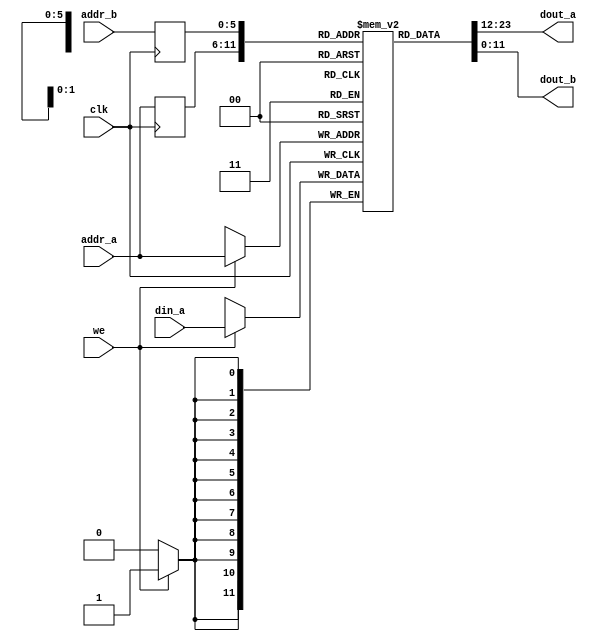
//////////////////////////////////////////////////////////////////////////////////
//END USER LICENCE AGREEMENT                                                    //
//                                                                              //
//Copyright (c) 2012, ARM All rights reserved.                                  //
//                                                                              //
//THIS END USER LICENCE AGREEMENT ("LICENCE") IS A LEGAL AGREEMENT BETWEEN      //
//YOU AND ARM LIMITED ("ARM") FOR THE USE OF THE SOFTWARE EXAMPLE ACCOMPANYING  //
//THIS LICENCE. ARM IS ONLY WILLING TO LICENSE THE SOFTWARE EXAMPLE TO YOU ON   //
//CONDITION THAT YOU ACCEPT ALL OF THE TERMS IN THIS LICENCE. BY INSTALLING OR  //
//OTHERWISE USING OR COPYING THE SOFTWARE EXAMPLE YOU INDICATE THAT YOU AGREE   //
//TO BE BOUND BY ALL OF THE TERMS OF THIS LICENCE. IF YOU DO NOT AGREE TO THE   //
//TERMS OF THIS LICENCE, ARM IS UNWILLING TO LICENSE THE SOFTWARE EXAMPLE TO    //
//YOU AND YOU MAY NOT INSTALL, USE OR COPY THE SOFTWARE EXAMPLE.                //
//                                                                              //
//ARM hereby grants to you, subject to the terms and conditions of this Licence,//
//a non-exclusive, worldwide, non-transferable, copyright licence only to       //
//redistribute and use in source and binary forms, with or without modification,//
//for academic purposes provided the following conditions are met:              //
//a) Redistributions of source code must retain the above copyright notice, this//
//list of conditions and the following disclaimer.                              //
//b) Redistributions in binary form must reproduce the above copyright notice,  //
//this list of conditions and the following disclaimer in the documentation     //
//and/or other materials provided with the distribution.                        //
//                                                                              //
//THIS SOFTWARE EXAMPLE IS PROVIDED BY THE COPYRIGHT HOLDER "AS IS" AND ARM     //
//EXPRESSLY DISCLAIMS ANY AND ALL WARRANTIES, EXPRESS OR IMPLIED, INCLUDING     //
//WITHOUT LIMITATION WARRANTIES OF MERCHANTABILITY AND FITNESS FOR A PARTICULAR //
//PURPOSE, WITH RESPECT TO THIS SOFTWARE EXAMPLE. IN NO EVENT SHALL ARM BE LIABLE/
//FOR ANY DIRECT, INDIRECT, INCIDENTAL, PUNITIVE, OR CONSEQUENTIAL DAMAGES OF ANY/
//KIND WHATSOEVER WITH RESPECT TO THE SOFTWARE EXAMPLE. ARM SHALL NOT BE LIABLE //
//FOR ANY CLAIMS, DAMAGES OR OTHER LIABILITY, WHETHER IN AN ACTION OF CONTRACT, //
//TORT OR OTHERWISE, ARISING FROM, OUT OF OR IN CONNECTION WITH THE SOFTWARE    //
//EXAMPLE OR THE USE OR OTHER DEALINGS IN THE SOFTWARE EXAMPLE. FOR THE AVOIDANCE/
// OF DOUBT, NO PATENT LICENSES ARE BEING LICENSED UNDER THIS LICENSE AGREEMENT.//
//////////////////////////////////////////////////////////////////////////////////

module dual_port_ram_sync
  #(
      parameter ADDR_WIDTH = 6,
      parameter DATA_WIDTH = 12
  )
  (
  input wire clk,
  input wire we,
  input wire [ADDR_WIDTH-1:0] addr_a,
  input wire [ADDR_WIDTH-1:0] addr_b,
  input wire [DATA_WIDTH-1:0] din_a,
  
  output wire [DATA_WIDTH-1:0] dout_a,
  output wire [DATA_WIDTH-1:0] dout_b
  );

  reg [DATA_WIDTH-1:0] ram [2**ADDR_WIDTH-1:0];
  reg [ADDR_WIDTH-1:0] addr_a_reg;
  reg [ADDR_WIDTH-1:0] addr_b_reg;
  
  always @ (posedge clk)
  begin
    if(we)
      ram[addr_a] <= din_a;
    addr_a_reg <= addr_a;
    addr_b_reg <= addr_b;
  end
  
  assign dout_a = ram[addr_a_reg];
  assign dout_b = ram[addr_b_reg];
  
endmodule